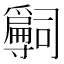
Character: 𡭒